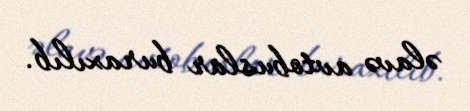
əlavə avtobuslar buraxılıb.